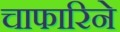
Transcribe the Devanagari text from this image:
चाफारिने